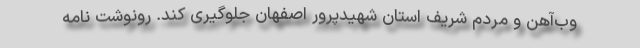
وب‌آهن و مردم شریف استان شهیدپرور اصفهان جلوگیری کند. رونوشت نامه